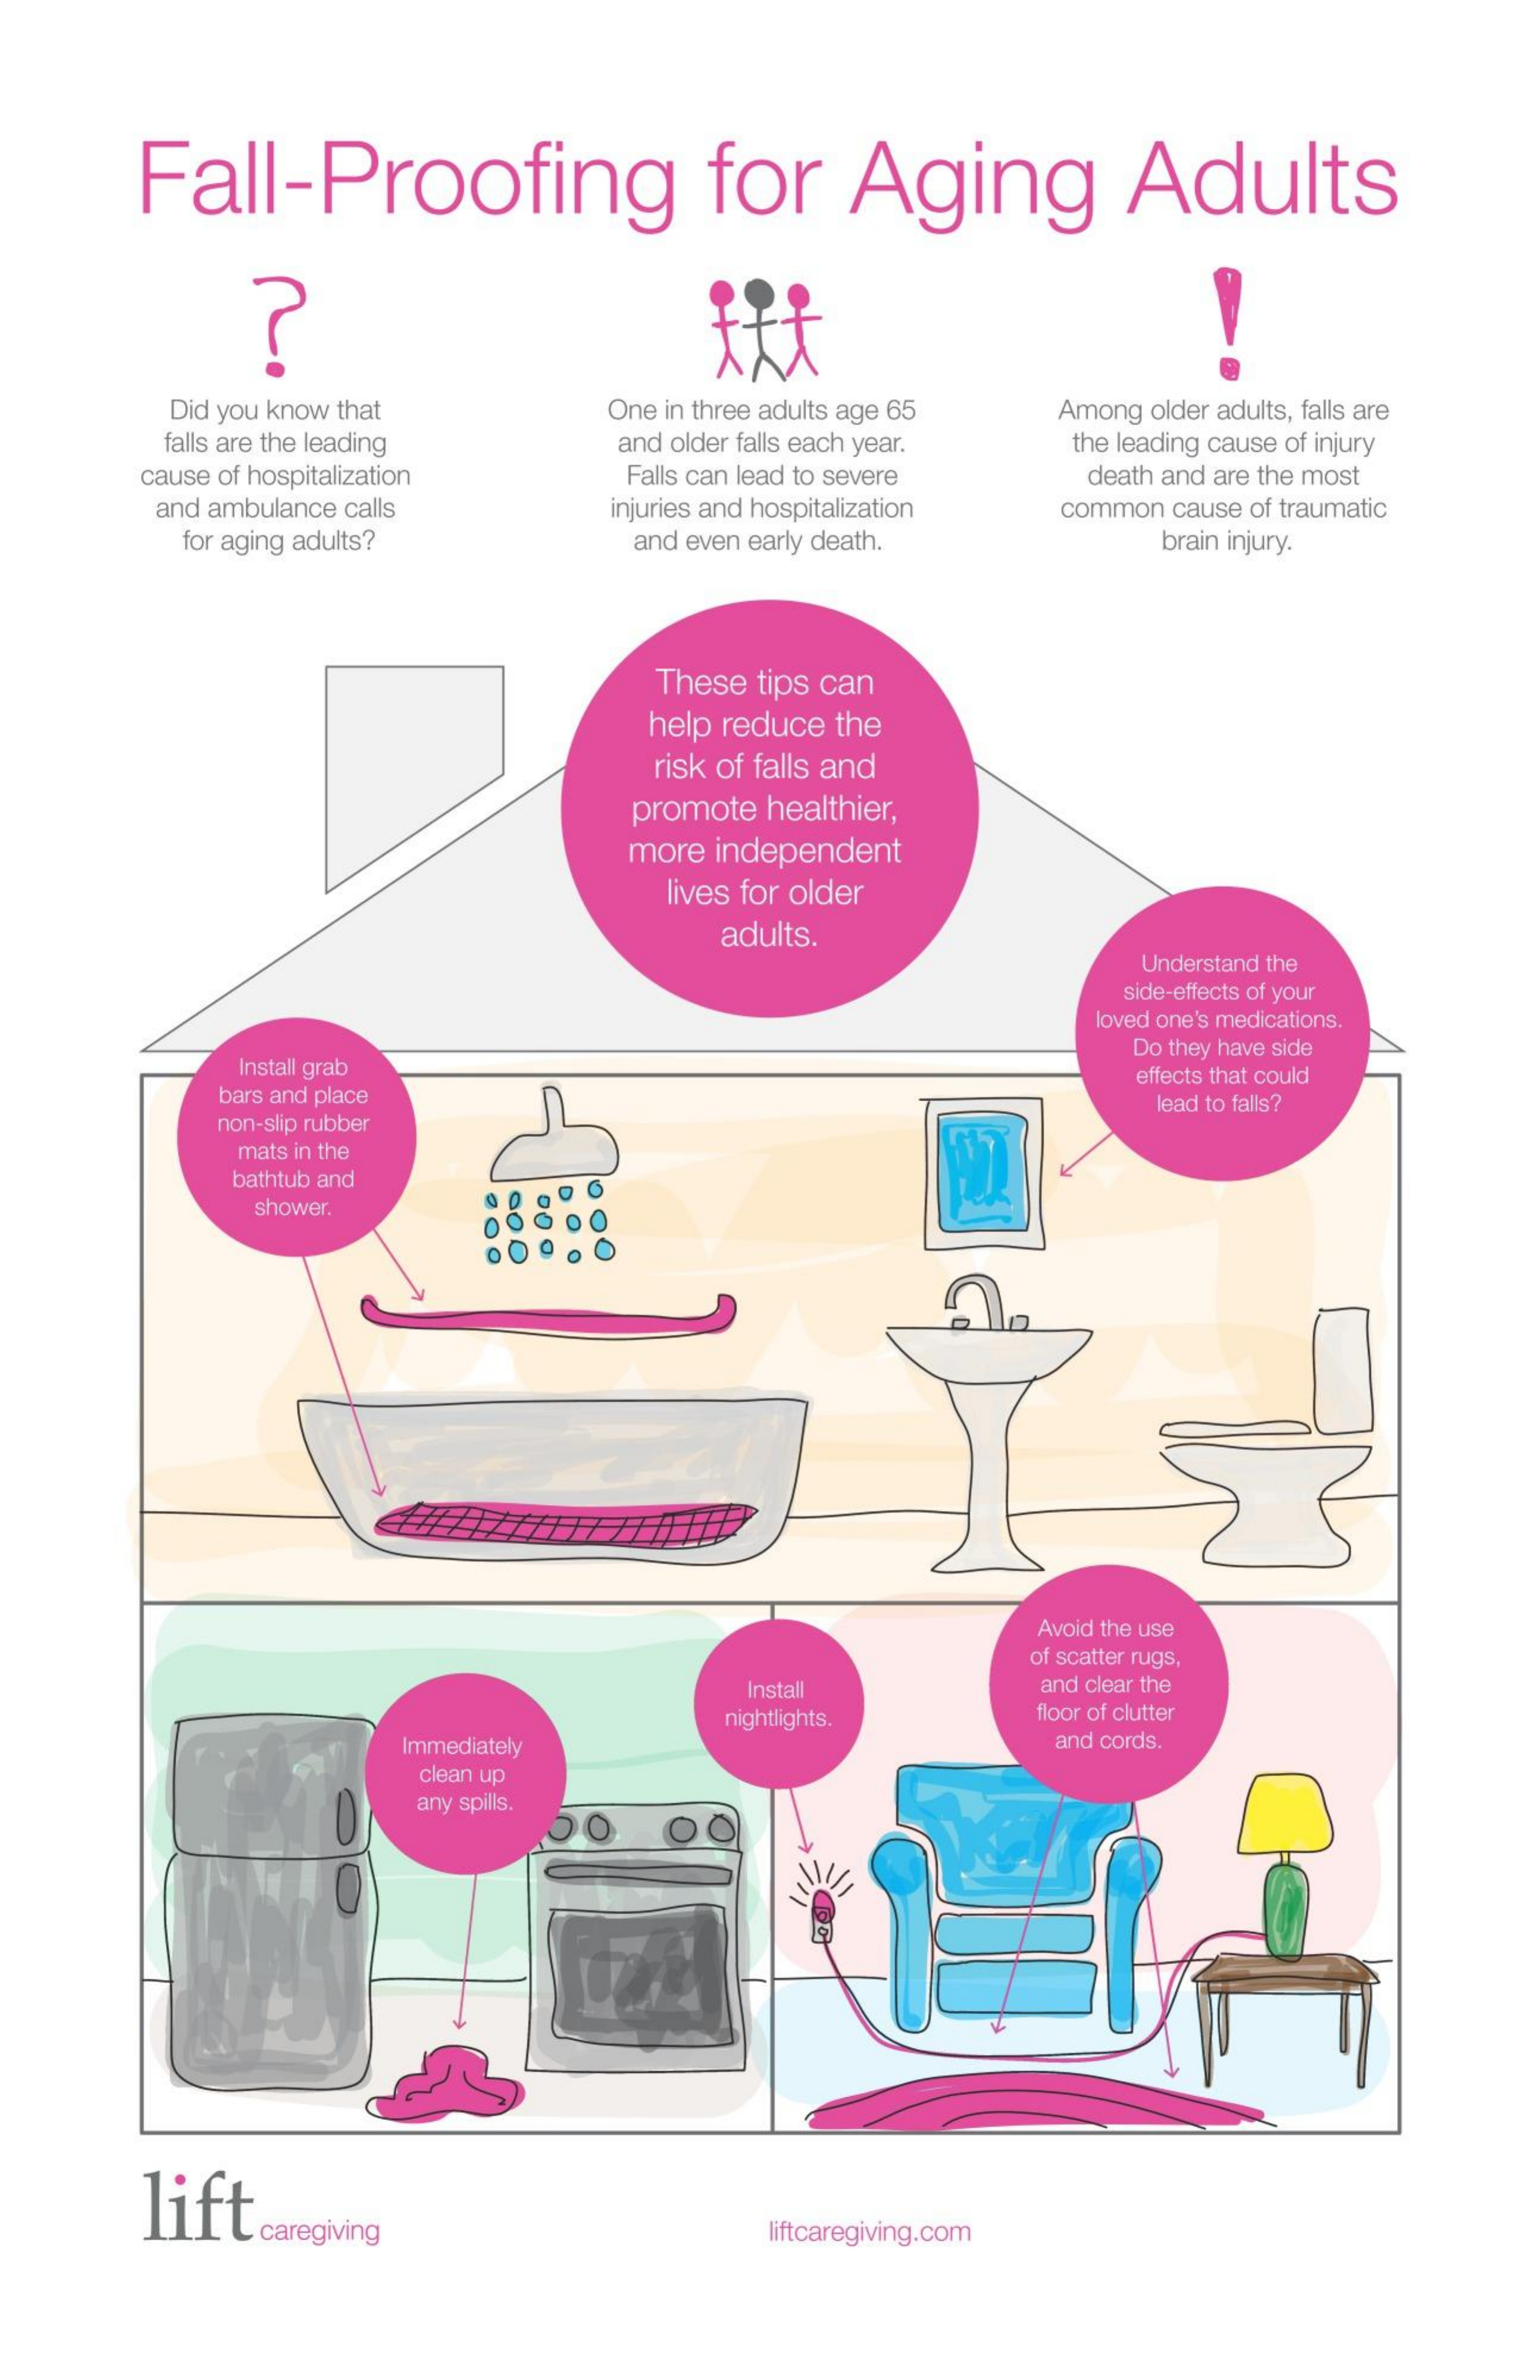
Fall-Proofing    for    Aging    Adults
     Did you know that    One in three adults age 65 Among older adults, falls are
     falls are the leading   and older falls each year. the leading cause of injury
     cause of hospitalization Falls can lead to severe death and are the most
     and ambulance calls    injuries and hospitalization common cause of traumatic
     for aging adults?    and even early death.    brain injury.
     These tips can
     help reduce the
     risk of falls and
     promote healthier,
     more independent
     lives for older
     adults.
     Understand the
     side-effects of your
     loved one's medications.
     Install grab
     Do they have side
     bars and place
     effects that could
     non-slip rubber
     lead to falls?
     mats in the
     bathtub and
     shower.
     Avoid the use
     of scatter rugs,
     Install    and clear the
     nightlights.    floor of clutter
     Immediately    and cords.
     clean up
     any spills.
     lift
     caregiving    liftcaregiving.com